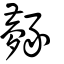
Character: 𧲎